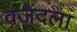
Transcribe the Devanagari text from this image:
वजेंदला